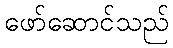
ဖော်ဆောင်သည်